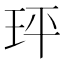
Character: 玶